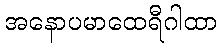
အနောပမာထေရီဂါထာ